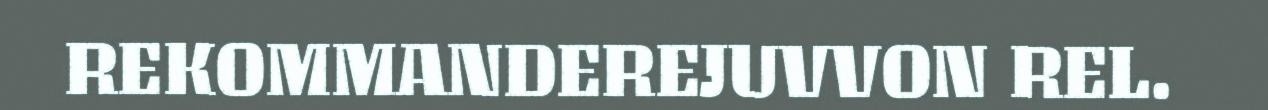
REKOMMANDEREJUVVON REL.